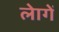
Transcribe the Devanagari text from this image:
लेागें